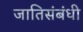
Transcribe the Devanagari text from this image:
जातिसंबंधी